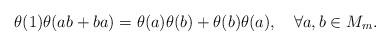
LaTeX: \begin{align*}\theta(1)\theta(ab + ba) = \theta(a)\theta(b) + \theta(b)\theta(a),\quad\forall a,b\in M_m.\end{align*}